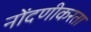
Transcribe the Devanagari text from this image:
नोंदणीकरता